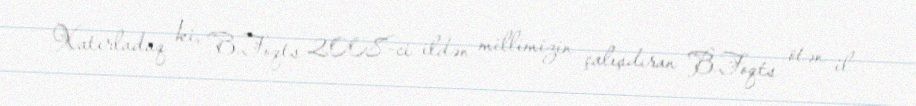
Xatırladaq ki, B.Foqts 2008-ci ildən millimizin çalışdıran B.Foqts ötən il